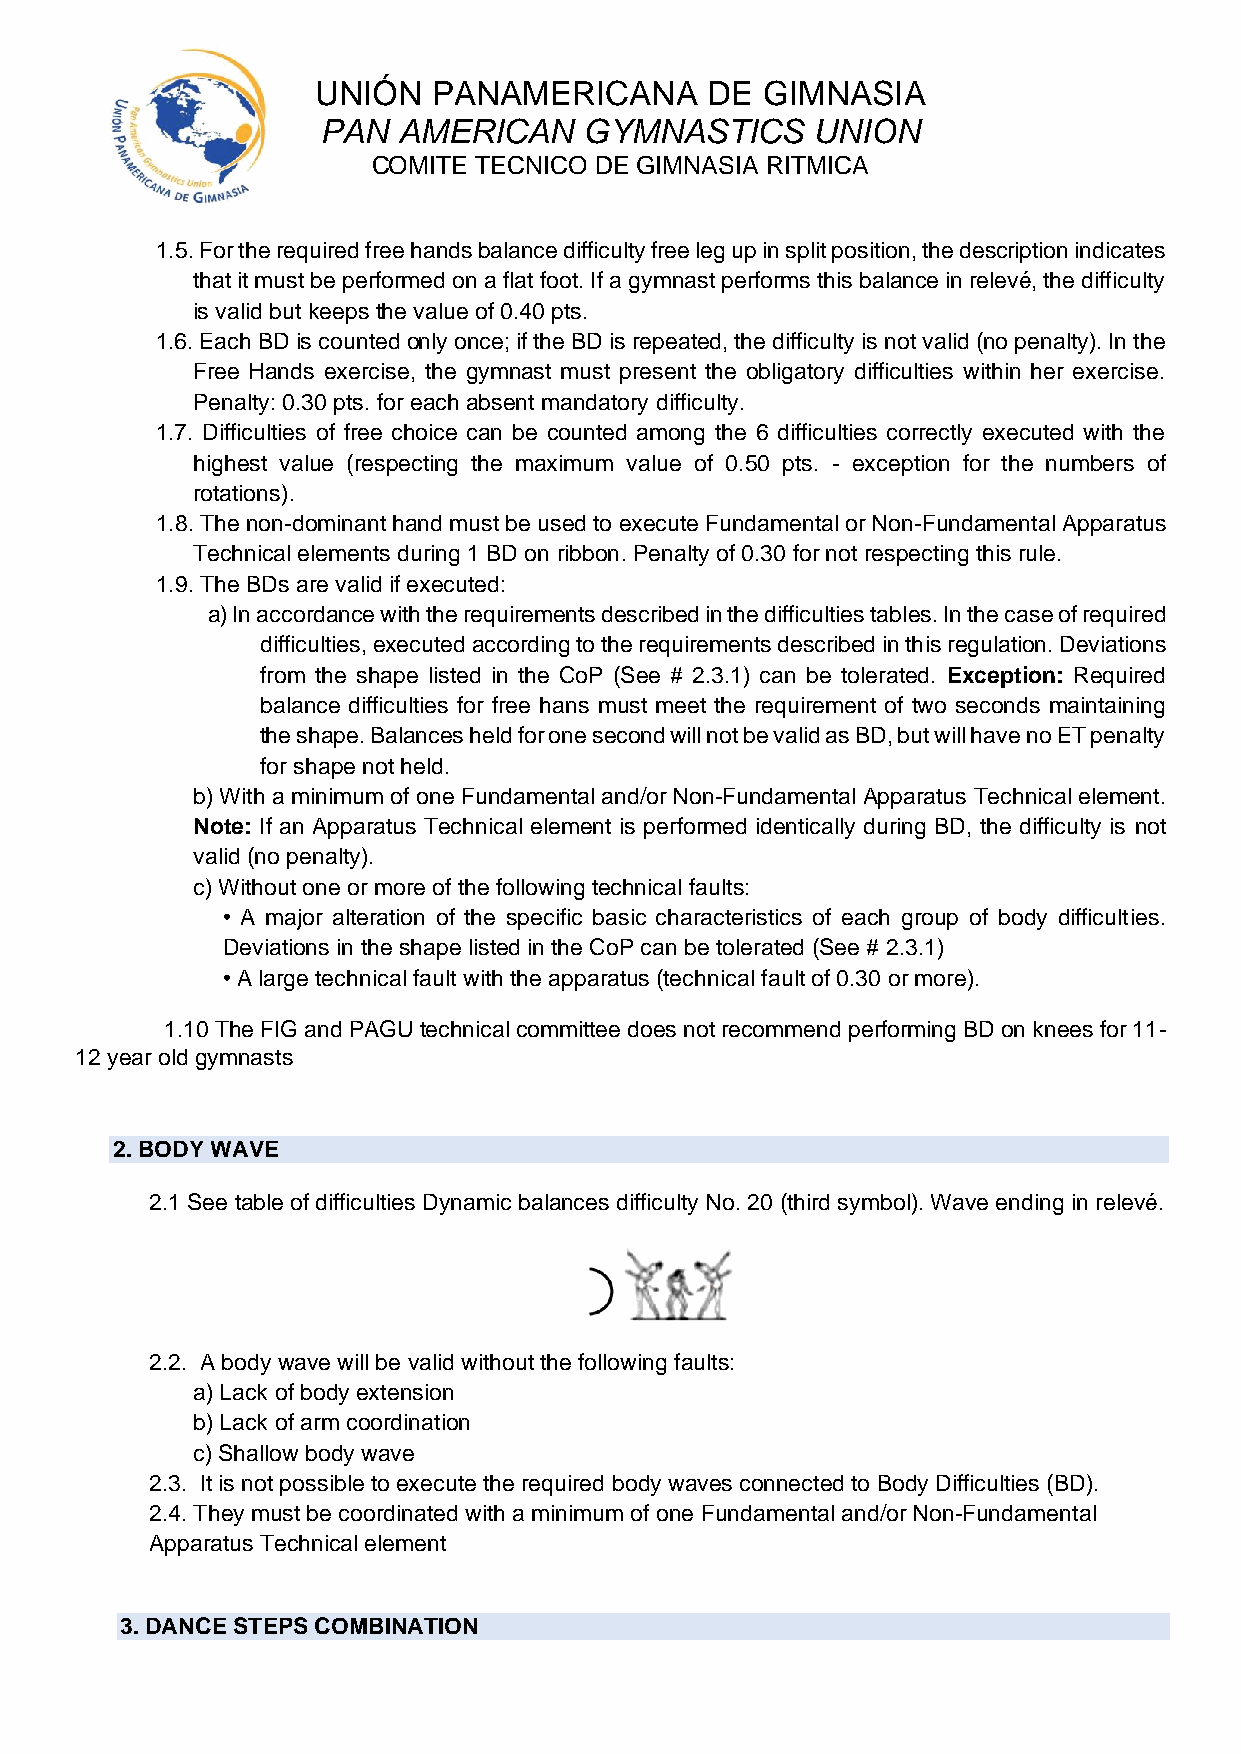
UNIÓN   PANAMERICANA      DE GIMNASIA
 PAN  AMERICAN     GYMNASTICS     UNION
 COMITE TECNICO DE GIMNASIA RITMICA
 1.5. For the required free hands balance difficulty free leg up in split position, the description indicates
 that it must be performed on a flat foot. If a gymnast performs this balance in relevé, the difficulty
 is valid but keeps the value of 0.40 pts.
 1.6. Each BD is counted only once; if the BD is repeated, the difficulty is not valid (no penalty). In the
 Free Hands exercise, the gymnast must present the obligatory difficulties within her exercise.
 Penalty: 0.30 pts. for each absent mandatory difficulty.
 1.7. Difficulties of free choice can be counted among the 6 difficulties correctly executed with the
 highest value (respecting the maximum value of 0.50 pts. - exception for the numbers of
 rotations).
 1.8. The non-dominant hand must be used to execute Fundamental or Non-Fundamental Apparatus
 Technical elements during 1 BD on ribbon. Penalty of 0.30 for not respecting this rule.
 1.9. The BDs are valid if executed:
 a) In accordance with the requirements described in the difficulties tables. In the case of required
 difficulties, executed according to the requirements described in this regulation. Deviations
 from the shape listed in the CoP (See # 2.3.1) can be tolerated. Exception: Required
 balance difficulties for free hans must meet the requirement of two seconds maintaining
 the shape. Balances held for one second will not be valid as BD, but will have no ET penalty
 for shape not held.
 b) With a minimum of one Fundamental and/or Non-Fundamental Apparatus Technical element.
 Note: If an Apparatus Technical element is performed identically during BD, the difficulty is not
 valid (no penalty).
 c) Without one or more of the following technical faults:
 • A major alteration of the specific basic characteristics of each group of body difficulties.
 Deviations in the shape listed in the CoP can be tolerated (See # 2.3.1)
 • A large technical fault with the apparatus (technical fault of 0.30 or more).
 1.10 The FIG and PAGU technical committee does not recommend performing BD on knees for 11-
 12 year old gymnasts
 2. BODY WAVE
 2.1 See table of difficulties Dynamic balances difficulty No. 20 (third symbol). Wave ending in relevé.
 2.2. A body wave will be valid without the following faults:
 a) Lack of body extension
 b) Lack of arm coordination
 c) Shallow body wave
 2.3. It is not possible to execute the required body waves connected to Body Difficulties (BD).
 2.4. They must be coordinated with a minimum of one Fundamental and/or Non-Fundamental
 Apparatus Technical element
 3. DANCE STEPS COMBINATION